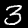
Label: 3